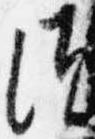
須